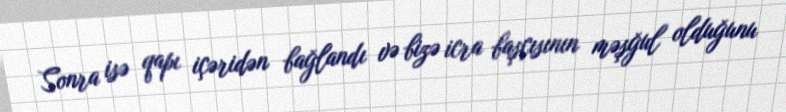
Sonra isə qapı içəridən bağlandı və bizə icra başçısının məşğul olduğunu